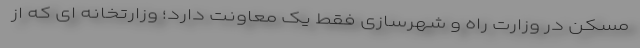
مسکن در وزارت راه و شهرسازی فقط یک معاونت دارد؛ وزارتخانه ای که از